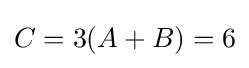
C=3(A+B)=6